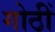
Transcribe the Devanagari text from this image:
गोठीं